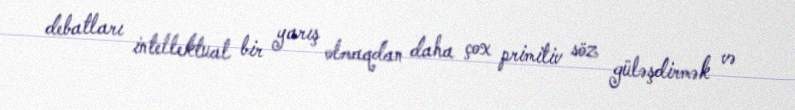
debatları intellektual bir yarış olmaqdan daha çox primitiv söz güləşdirmək və